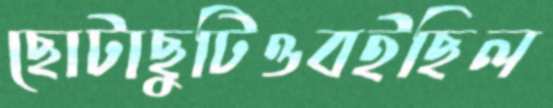
ছোটাছুটিওবইছিল